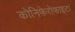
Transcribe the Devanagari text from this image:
कोनिफेरोफाइटा